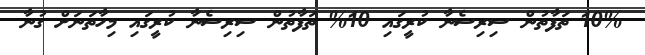
10% ތަފާތުން ސިރިސެނާ ކުރީގައި 10% ތަފާތުން ސިރިސެނާ ކުރީގައި މިހާތަނަށް ގުނާ